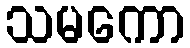
သမကော